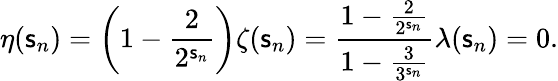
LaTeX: \eta(\mathsf{s}_{n})=\left(1-{\frac{{2}}{{2^{\mathsf{s}_{n}}}}}\right)\zeta(\mathsf{s}_{n})={\frac{{1-{\frac{{2}}{{2^{\mathsf{s}_{n}}}}}}}{{1-{\frac{{3}}{{3^{\mathsf{s}_{n}}}}}}}}\lambda(\mathsf{s}_{n})=0.